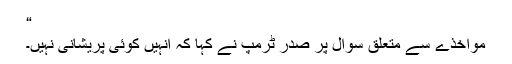
“
مواخذے سے متعلق سوال پر صدر ٹرمپ نے کہا کہ انہیں کوئی پریشانی نہیں۔